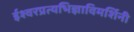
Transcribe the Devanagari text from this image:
ईश्वरप्रत्यभिज्ञाविमर्शिनी